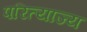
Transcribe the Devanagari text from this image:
परित्याज्य